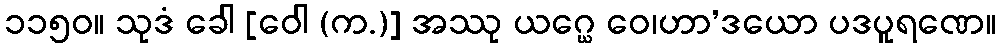
၁၁၅၀။ သုဒံ ခေါ [ဝေါ (က.)] အဿု ယဂ္ဃေ ဝေ၊ဟာ’ဒယော ပဒပူရဏေ။